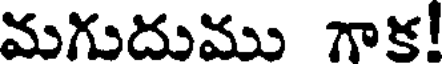
మగుదుము గాక!